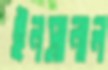
ইনসানাল